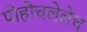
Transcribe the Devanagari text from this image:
पोहोचलेलेच